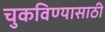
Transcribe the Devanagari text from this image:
चुकविण्यासाठी